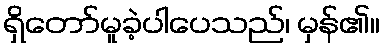
ရှိတော်မူခဲ့ပါပေသည်၊ မှန်၏။